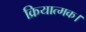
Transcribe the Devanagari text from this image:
क्रियात्मक।